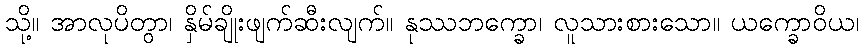
သို့။ အာလုပိတွာ၊ နှိမ်ချိုးဖျက်ဆီးလျက်။ နုဿဘက္ခော၊ လူသားစားသော။ ယက္ခောဝိယ၊